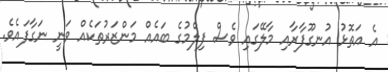
އެ އަތޮޅު އުނގޫފާރާއި މާލޭގައި ވެސް ފިލްމުގެ ބައެއް މަންޒަރުތަކެއް ވަނީ ނަގާފައެވެ.